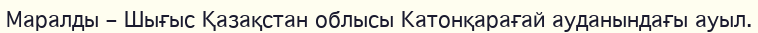
Маралды – Шығыс Қазақстан облысы Катонқарағай ауданындағы ауыл.